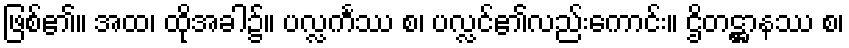
ဖြစ်၏။ အထ၊ ထိုအခါ၌။ ပလ္လင်္ကဿ စ၊ ပလ္လင်၏လည်းကောင်း။ ဌိတဋ္ဌာနဿ စ၊